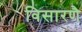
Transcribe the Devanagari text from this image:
विसारणै